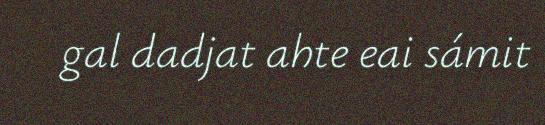
gal dadjat ahte eai sámit